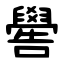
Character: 嚳